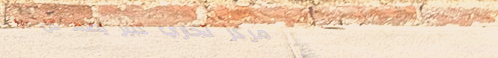
مركز تجاري كبير يضم كل ما